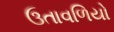
ઉતાવળિયો